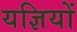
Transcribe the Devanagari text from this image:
यज्ञियों